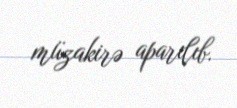
müzakirə aparılıb.